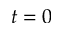
t = 0